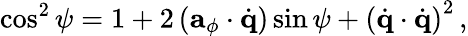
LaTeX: \cos^{2}\psi=1+2\left({\mathbf a}_{\phi}\cdot\dot{\mathbf q}\right)\sin\psi+\left(\dot{\mathbf q}\cdot\dot{\mathbf q}\right)^{2}\, ,